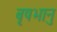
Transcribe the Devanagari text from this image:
बृषभानु